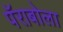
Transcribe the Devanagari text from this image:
पॅराबोला